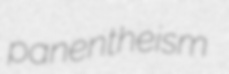
panentheism